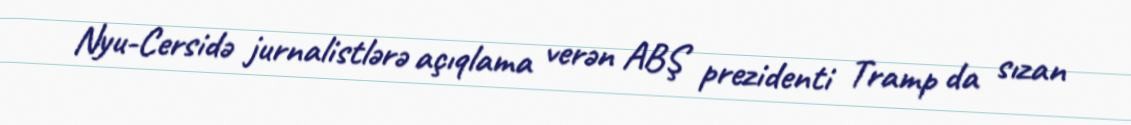
Nyu-Cersidə jurnalistlərə açıqlama verən ABŞ prezidenti Tramp da sızan